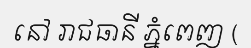
នៅ រាជធានី ភ្នំពេញ (